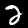
Digit: 2